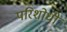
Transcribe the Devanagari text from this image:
परिशोधी